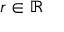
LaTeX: r \in \mathbb { R }